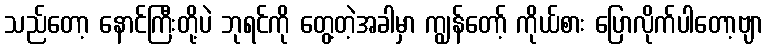
သည်တော့ နောင်ကြီးတို့ပဲ ဘုရင်ကို တွေ့တဲ့အခါမှာ ကျွန်တော့် ကိုယ်စား ပြောလိုက်ပါတော့ဗျာ